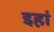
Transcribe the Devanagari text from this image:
इहां